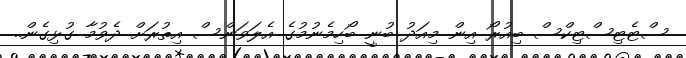
ސްޓެޓިސްޓިކްސް ބިއުރޯ އިން މިއަދު ބުނީ ބޯހިމެނުމުގެ އެލަވަންސް އިތުރަށް ދެވުމާ ގުޅިގެން..